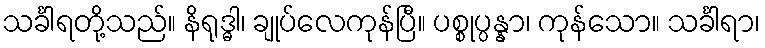
သင်္ခါရတို့သည်။ နိရုဒ္ဓါ၊ ချုပ်လေကုန်ပြီ။ ပစ္စုပ္ပန္နာ၊ ကုန်သော။ သင်္ခါရာ၊